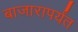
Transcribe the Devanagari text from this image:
बाजारापर्यंत